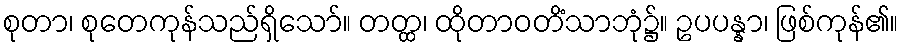
စုတာ၊ စုတေကုန်သည်ရှိသော်။ တတ္ထ၊ ထိုတာဝတိံသာဘုံ၌။ ဥပပန္နာ၊ ဖြစ်ကုန်၏။